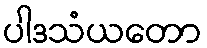
ပါဒသံယတော